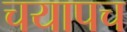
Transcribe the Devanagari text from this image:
चयापच